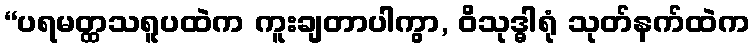
“ပရမတ္ထသရူပထဲက ကူးချတာပါကွာ, ဝိသုဒ္ဓါရုံ သုတ်နက်ထဲက